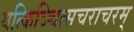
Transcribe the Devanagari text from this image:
यत्किञ्चित्सचराचरम्